Civil Veterinary Department Bihar & Orissa reports 1929-36 - 1929-1936
Year: 1929
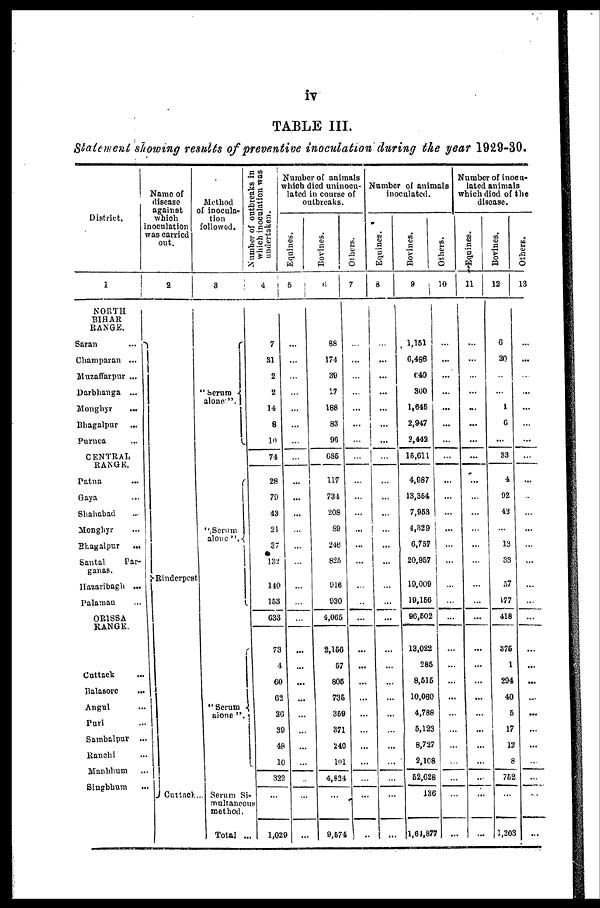
iv
TABLE III.
Statement showing results of preventive inoculation during the year 1929-30.
District.
1
NORTH
BIHAR
RANGE.
Saran
...
Champaran ...
Muzaffarpnr ...
Darbhanga ...
Monghyr ...
Bhagalpur
...
Purnea ...
CENTRAL
RANGE.
Patna ...
Gaya ...
Shahabad ...
Monghyr ...
Bhagalpur
...
Santal
Par-
ganas.
Hazaribagh ...
Palamau ...
OR1SSA
RANGE.
Cuttack ...
Balasore ...
Angul ...
Pari ...
Sambalpur ...
Ranchi ...
Manbhum ...
Singbbum ...
Name of
disease
against
which
ooculation
was carried
out.
2
Rinderpest
Cuttnck ...
Method
of inocula-
tion
followed.
3
"
Serum
alone".
"Serum
alone "
"Serum
alone ".
Serum Si-
multaueous
method.
Total ...
Number
of outbreaks in
which inoculation was
undertaken.
4
7
31
2
2
14
8
10
74
28
79
43
21
37
132
140
153
633
73
4
60
62
20
39
48
10
322
...
1,029
Number of animals
which died uninocu-
lated in course of
outbreaks.
Equines.
5
...
...
...
...
...
...
...
...
...
...
...
...
...
...
...
...
...
...
...
...
...
...
...
...
...
...
...
...
Bovines.
6
88
174
39
17
188
83
90
685
117
734
208
89
246
825
916
930
4,065
2,156
57
805
735
359
371
240
101
4,834
...
9,574
Others.
7
...
...
...
...
...
...
...
...
...
...
...
...
...
...
...
...
...
...
...
...
...
...
...
...
...
...
...
...
Number of animals
inoculated.
Equines.
8
...
...
...
...
...
...
...
...
...
...
...
...
...
...
...
...
...
...
...
...
...
...
...
...
...
...
...
...
Bovines.
9
1,151
6,486
640
300
1,645
2,947
2,442
15,611
4,987
13,354
7,953
4,329
6,757
20,957
19,009
19,156
96,502
13,022
285
8,515
10,060
4,788
5,123
8,727
2,108
52,628
136
1,64,877
Others.
10
...
...
...
...
...
...
...
...
...
...
...
...
...
...
...
...
...
...
...
...
...
...
...
...
...
...
...
Number of inocu-
lated animals
which died of the
disease.
Equines.
11
...
...
...
...
...
...
...
...
...
...
...
...
...
...
...
...
...
...
...
...
...
...
...
...
...
Bovines.
12
6
20
...
...
1
6
...
33
4
92
42
...
13
33
57
177
418
375
1
294
40
5
17
13
8
752
...
1,203
Others.
13
...
...
...
...
...
...
...
...
...
...
...
...
...
...
...
...
...
...
...
...
...
...
...
...
...
...